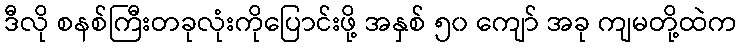
ဒီလို စနစ်ကြီးတခုလုံးကိုပြောင်းဖို့ အနှစ် ၅၀ ကျော် အခု ကျမတို့ထဲက